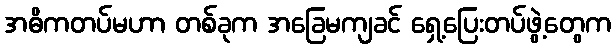
အဓိကတပ်မဟာ တစ်ခုက အခြေမကျခင် ရှေ့ပြေးတပ်ဖွဲ့တွေက